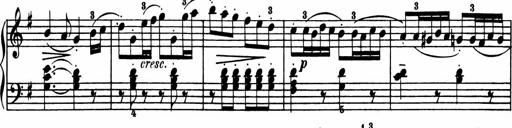
Title: Sonatina in G major
Composer: Friedrich Kuhlau
Key: G major